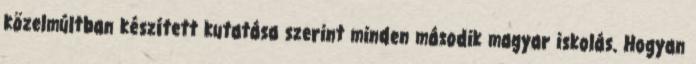
közelmúltban készített kutatása szerint minden második magyar iskolás. Hogyan